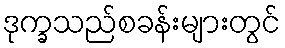
ဒုက္ခသည်စခန်းများတွင်